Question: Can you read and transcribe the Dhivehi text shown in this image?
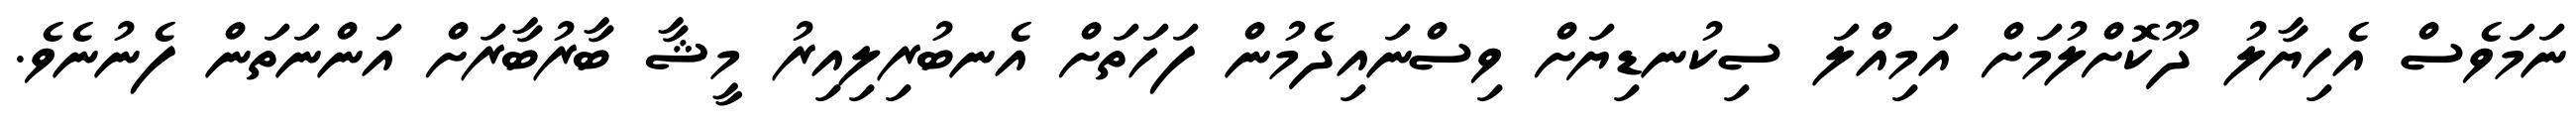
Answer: ނަމަވެސް އެހިޔާލު ދޫކޮށްލުމަށް އަމިއްލަ ސިކުނޑިޔަށް ވިސްނައިދެމުން ފަހަތަށް އެނބުރިލިއިރު މީޝާ ބާރުބާރަށް އަންނަތަން ފެނުނެވެ.